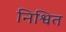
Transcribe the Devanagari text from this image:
निश्वित